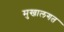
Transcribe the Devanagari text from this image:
मुखालगत